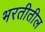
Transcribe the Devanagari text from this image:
भरतीतील